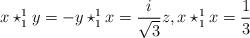
LaTeX: \begin{align*}x\star_{1}^{1}y=-y\star_{1}^{1}x=\frac{i}{\sqrt{3}}z,x\star_{1}^{1}x=\frac{1}{3}\end{align*}